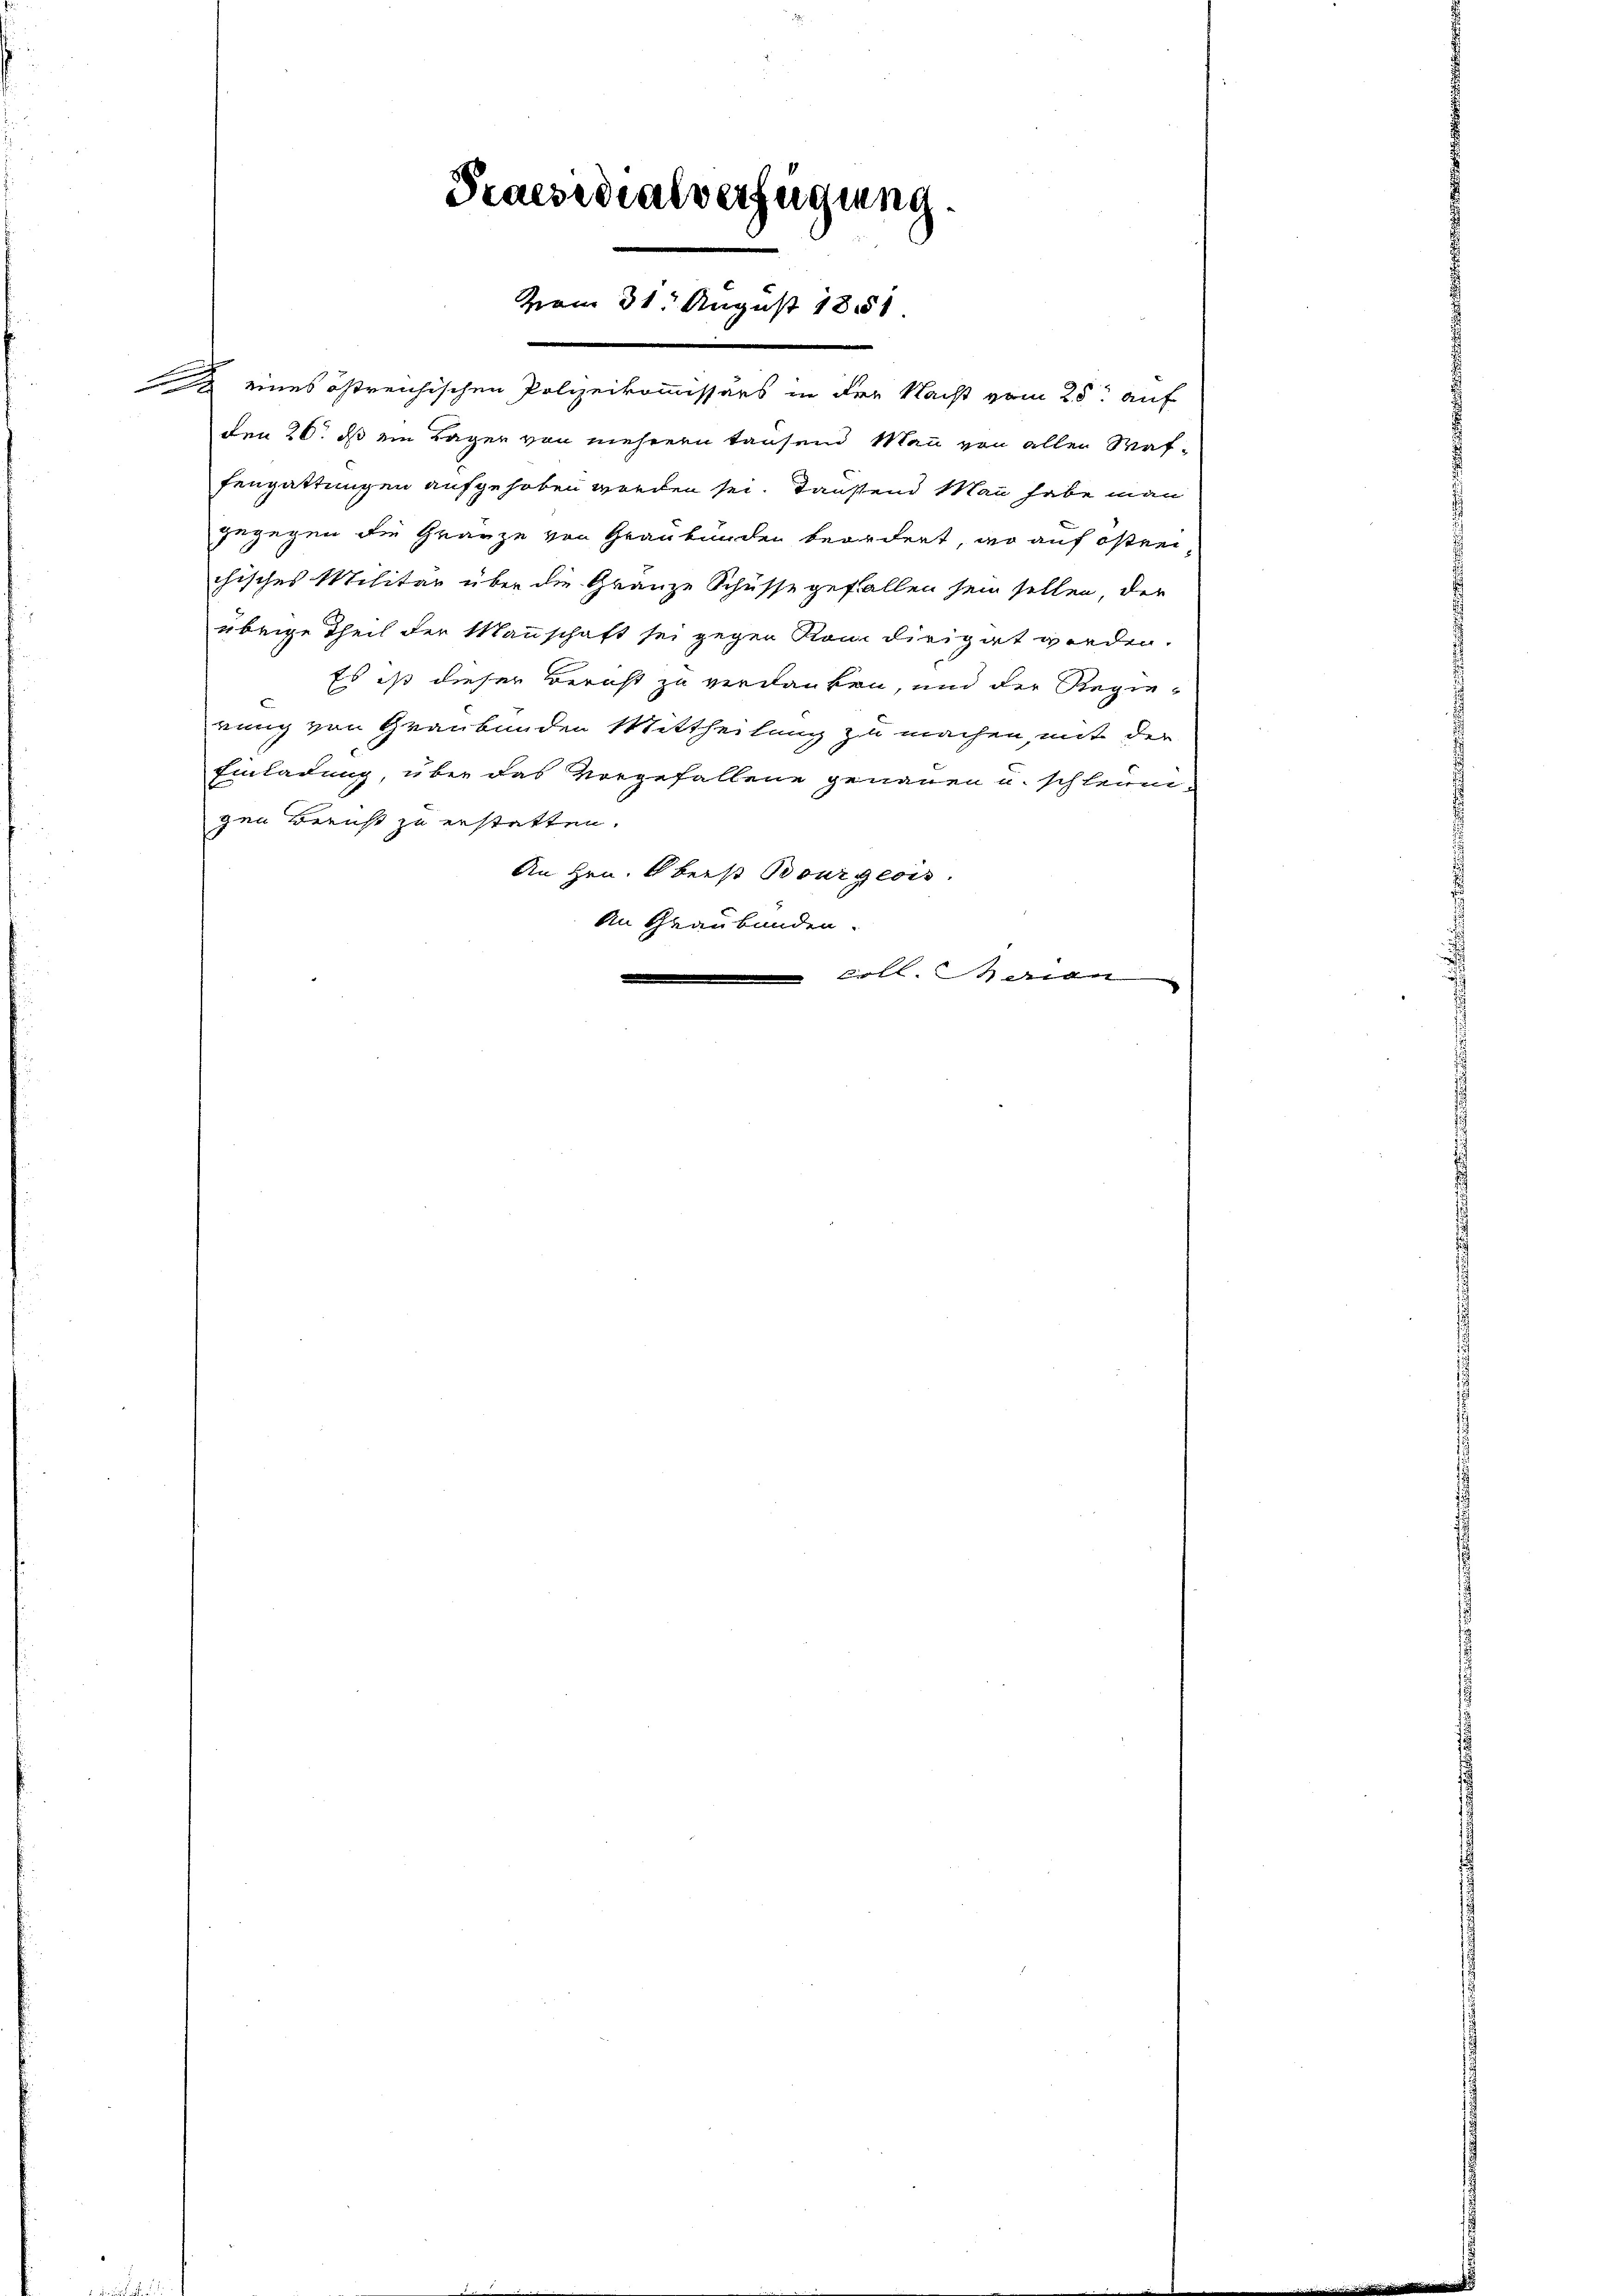
Praesidialverfügung.
vom 31 August 1851

eines östreichischen Polizeikommissärs in der Nacht vom 25. auf
den 26. ds ein Tagen von mehrern tausend Mann von allen Waffengattungen aufgehoben werden sei. Tanstend Man habe man
gugegen die Gränze von Graubünden beordnet, wo auf östen
chisches Militar über die Granze Schüsse gefallen sein sollen, der
übrige Theil der Mannschaft sei gegen Rom dirigirt werden.
Es ist dieser Bericht zu verdanken, und der Regie¬
E
rung von Graubünden Mittheilung zu machen, mit der
Einladung, über das Vorgefallene genauen u. schleun-
gen Bernst zu erstatten.
An Hrn. Oberst Bourgeois.
An Graubünden.
 dr d